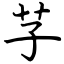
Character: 芓